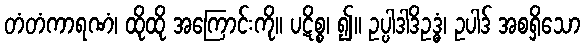
တံတံကာရဏံ၊ ထိုထို အကြောင်းကို။ ပဋိစ္စ၊ ၍။ ဥပ္ပါဒါဒိဥဒ္ဓံ၊ ဥပါဒ် အစရှိသော